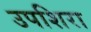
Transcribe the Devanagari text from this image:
उपशिरा